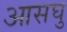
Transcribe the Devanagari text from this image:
आसघु